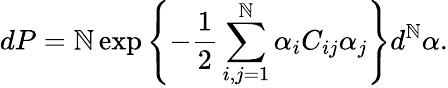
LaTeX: dP={\cal\mathbb{N}}\exp\left\{ -\frac{{1}}{{2}}\sum_{i,j=1}^{\mathbb{N}}\alpha_{i}C_{ij}\alpha_{j}\right\} d^{\mathbb{N}}\alpha.